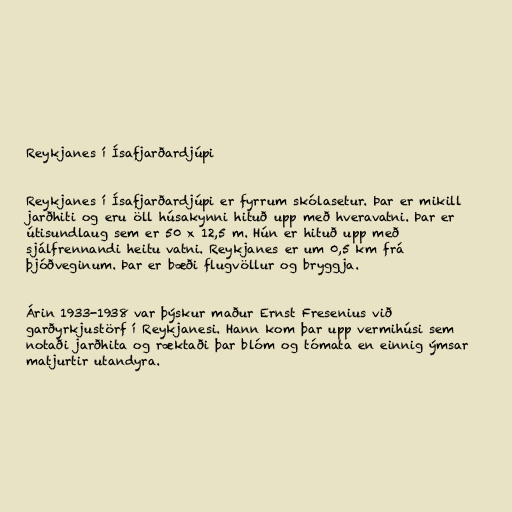
Reykjanes í Ísafjarðardjúpi

Reykjanes í Ísafjarðardjúpi er fyrrum skólasetur. Þar er mikill
jarðhiti og eru öll húsakynni hituð upp með hveravatni. Þar er
útisundlaug sem er 50 x 12,5 m. Hún er hituð upp með
sjálfrennandi heitu vatni. Reykjanes er um 0,5 km frá
þjóðveginum. Þar er bæði flugvöllur og bryggja.

Árin 1933-1938 var þýskur maður Ernst Fresenius við
garðyrkjustörf í Reykjanesi. Hann kom þar upp vermihúsi sem
notaði jarðhita og ræktaði þar blóm og tómata en einnig ýmsar
matjurtir utandyra.